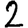
Digit: 2